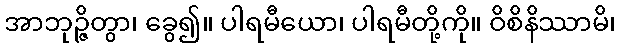
အာဘုဉ္ဇိတွာ၊ ခွေ၍။ ပါရမီယော၊ ပါရမီတို့ကို။ ဝိစိနိဿာမိ၊